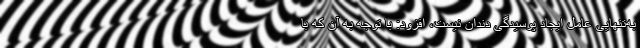
به‌تنهایی عامل ایجاد پوسیدگی دندان نیست، افزود: با توجه به آن که با